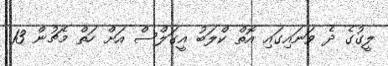
ލީގުގެ ދެ ވަނައިގައި އޮތް ކްލަބު އީގަލްސް އަށް ހަތް މެޗުން 13